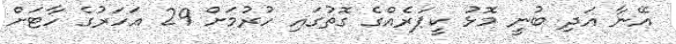
އޭނާ އަދި ބުނީ މޮޅު ކީޕަރެއްގެ ގޮތުގައި ހުރުމަށް 29 އަހަރުގެ ހާޓަށް